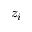
z _ { i }